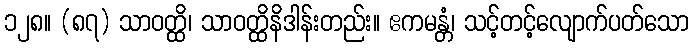
၁၂၈။ (၈၇) သာဝတ္ထိ၊ သာဝတ္ထိနိဒါန်းတည်း။ ဧကမန္တံ၊ သင့်တင့်လျောက်ပတ်သော